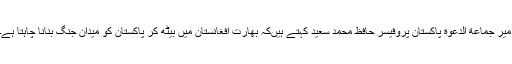
امیر جماعة الدعوة پاکستان پروفیسر حافظ محمد سعید کہتے ہیںکہ بھارت افغانستان میں بیٹھ کر پاکستان کو میدان جنگ بنانا چاہتا ہے۔